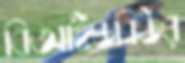
বিআইডব্লিউর